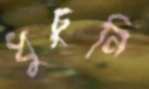
ধুচুনি